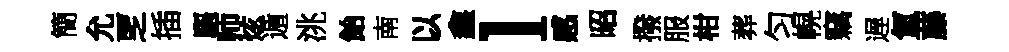
簡允覂插驅师炫遁洮飴南以鑫l感昭撥服柑葬匀幌竊遅氳藤